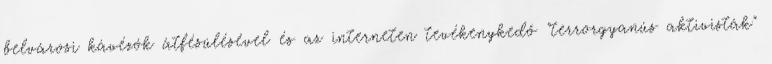
belvárosi kávézók átfésülésével és az interneten tevékenykedő "terrorgyanús aktivisták"